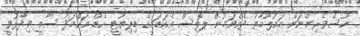
ނޫސްވެރިންނަށް މައުލޫމާތު ދެއްވަމުން ޕޮލިސް އެކަޑަމީގެ ޑިޕިޔުޓީ ހެޑް އަހްމަދު ސާމީ ވިދާޅުވީ